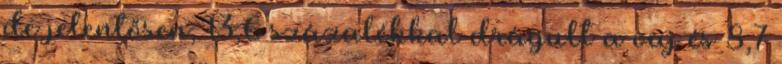
de jelentősen, 13,6 százalékkal drágult a vaj és 8,7